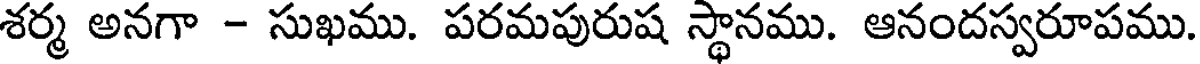
శర్మ అనగా - సుఖము. పరమపురుష స్థానము. ఆనందస్వరూపము.